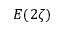
E ( 2 \zeta )